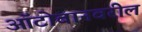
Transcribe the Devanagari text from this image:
ऑटोबानवरील